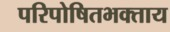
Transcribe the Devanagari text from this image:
परिपोषितभक्ताय